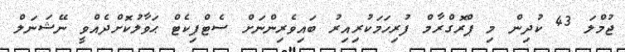
ޖުމްލަ 43 ކުދިން މި ޕްރޮގްރާމް ފުރިހަމަކުރިއިރު ބައިވެރިންނަށް ސެޓްފިކެޓް ޙަވާލުކޮށްދެއްވީ ނޭޝަނަލް